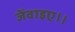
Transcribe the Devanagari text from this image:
जेंवाइए।।